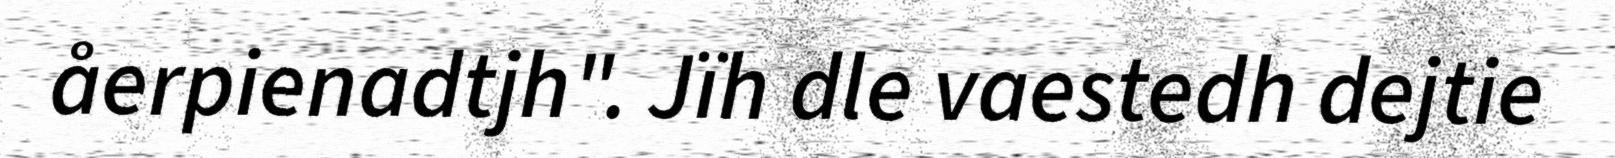
åerpienadtjh". Jïh dle vaestedh dejtie